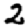
Digit: 2